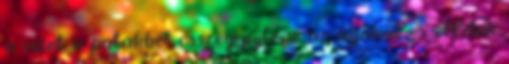
a vizet a patakból, összegyújtené az ágakat és effélék